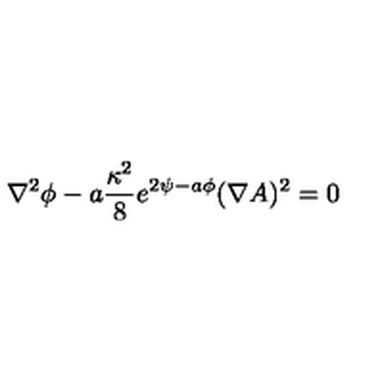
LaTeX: \nabla ^ { 2 } \phi - a { \frac { \kappa ^ { 2 } } { 8 } } e ^ { 2 \psi - a \phi } ( \nabla A ) ^ { 2 } = 0